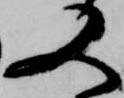
又